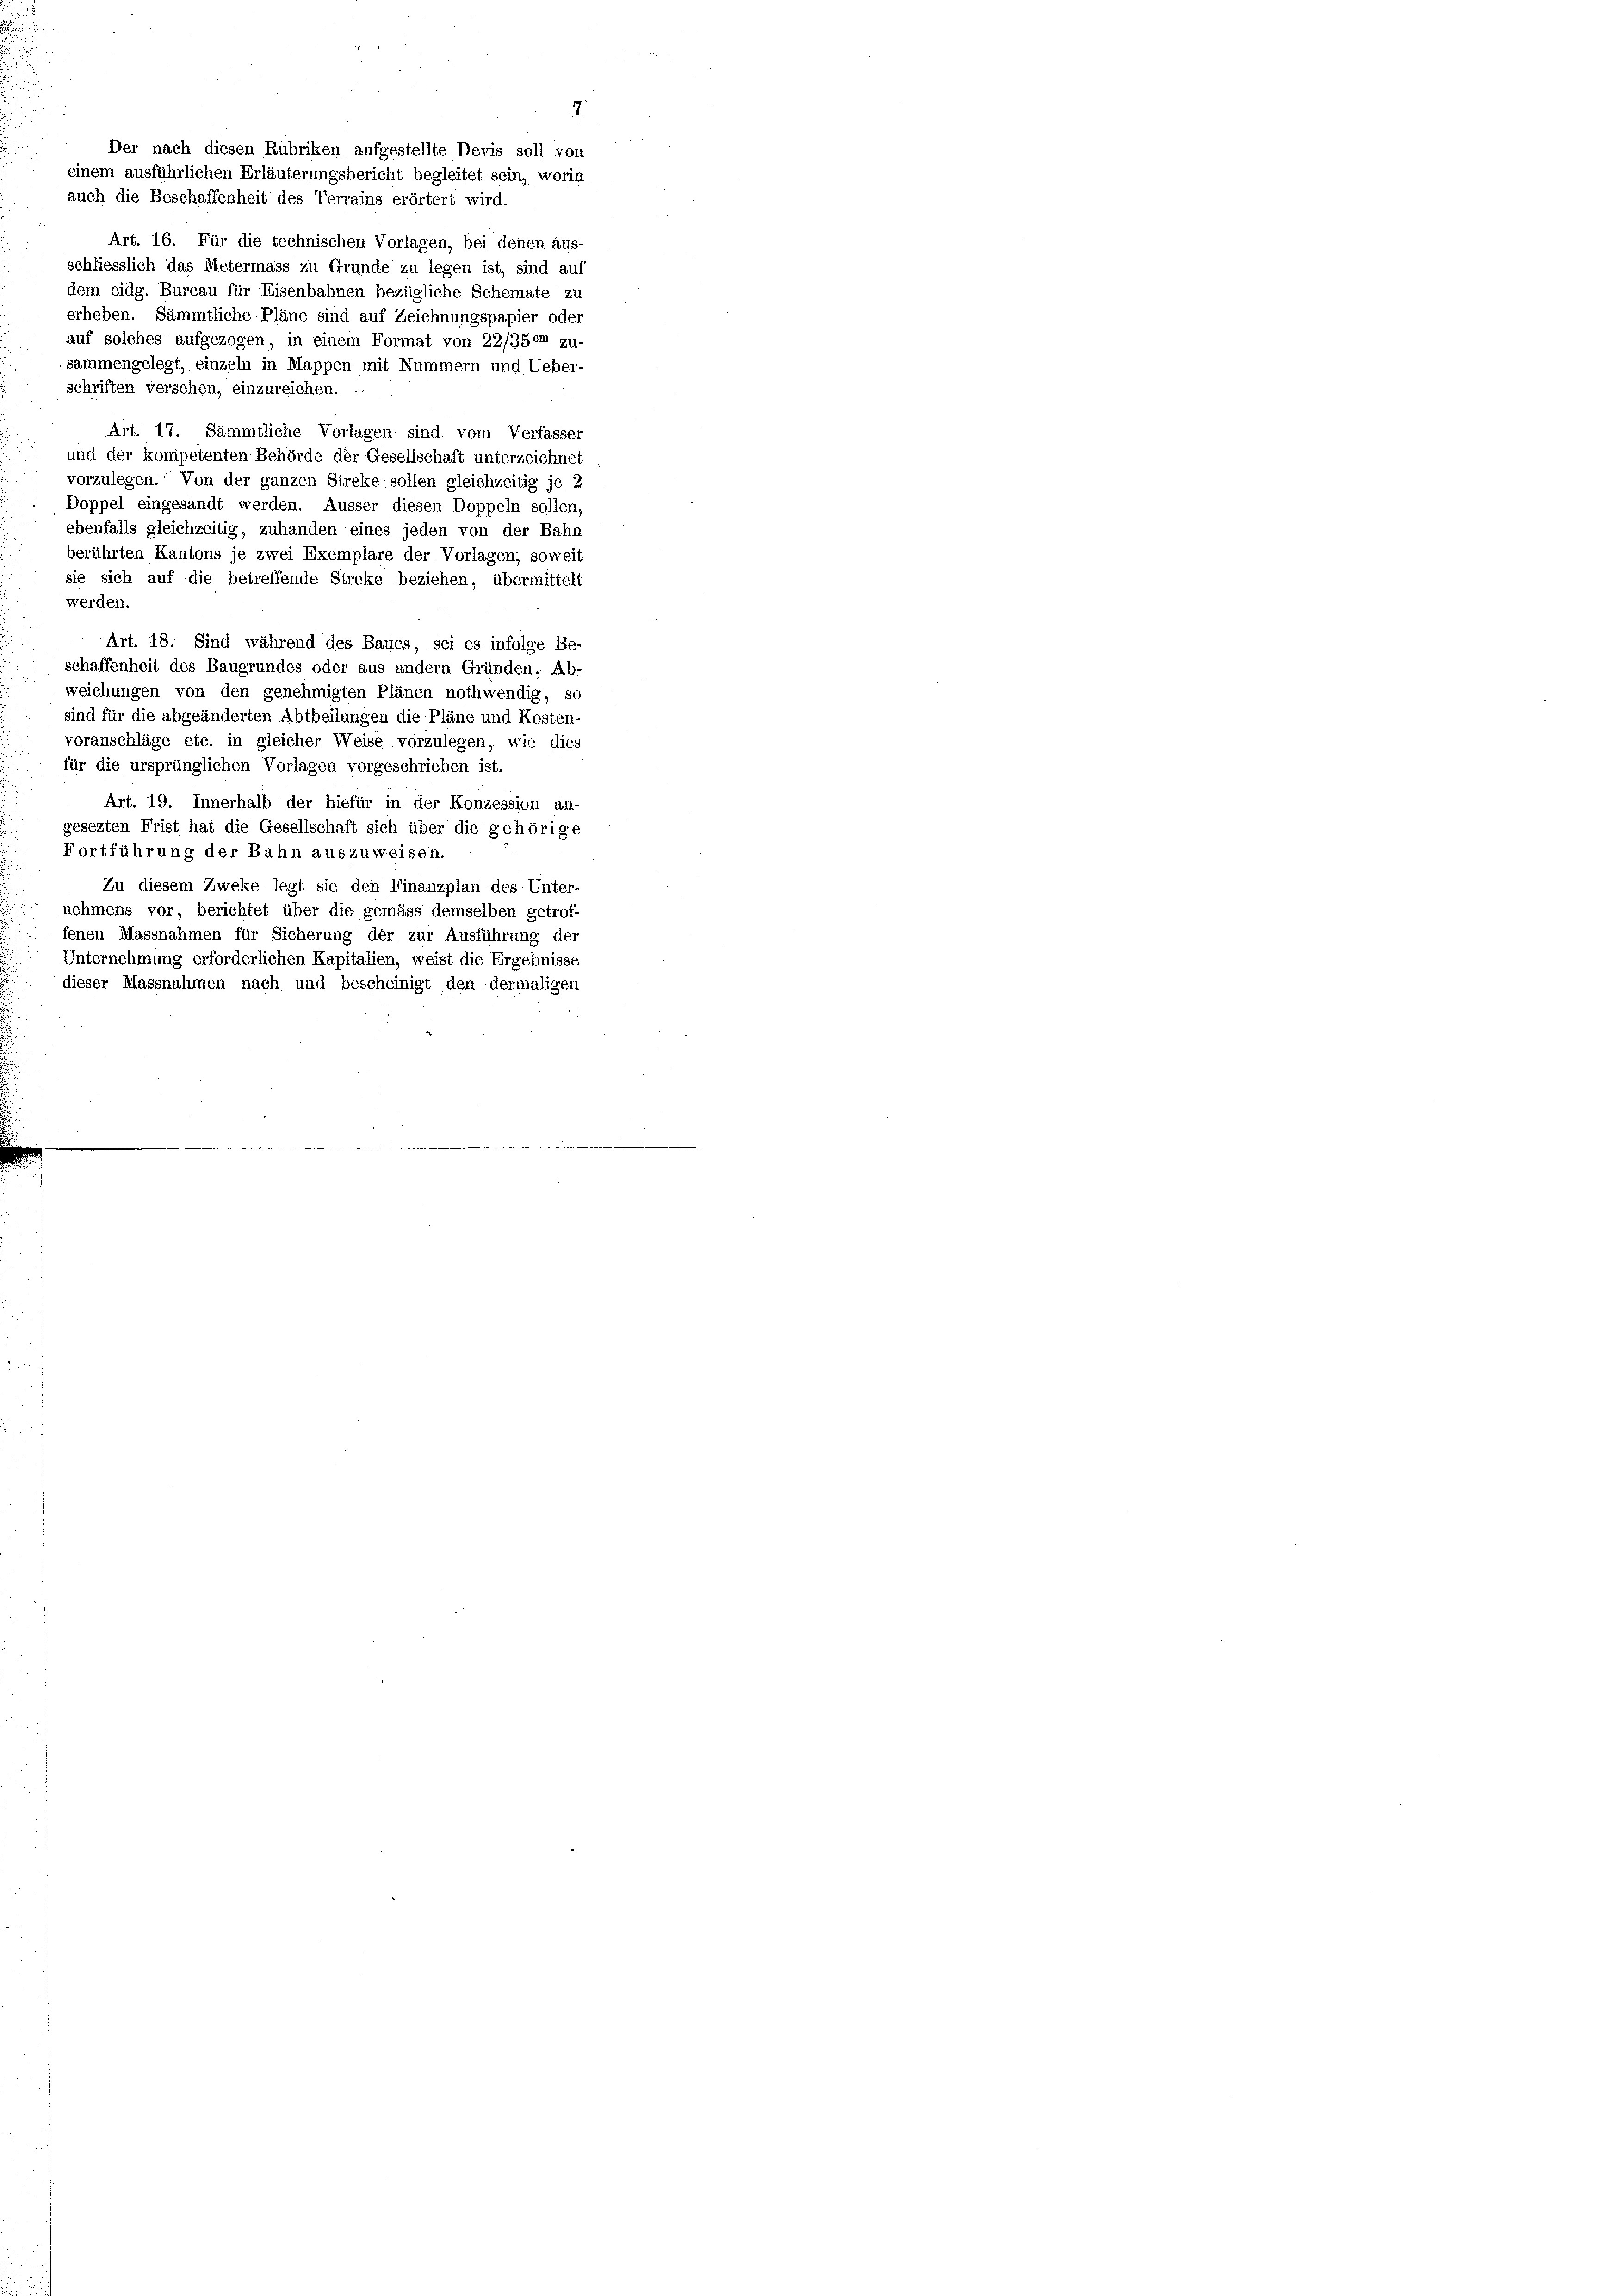
Art. 16. Für die technischen Vorlagen, bei denen aus-
schliesslich das Metermass zu Grunde zu legen ist, sind auf
dem eidg. Bureau für Eisenbahnen bezügliche Schemate zu
erheben. Sämmtliche Pläne sind auf Zeichnungspapier oder
auf solches aufgezogen, in einem Format von 22/35em zu-
sammengelegt, einzeln in Mappen mit Nummern und Ueber-
schriften versehen, einzureichen.
Art. 17. Sämmtliche Vorlagen sind vom Verfasser
und der kompetenten Behörde der Gesellschaft unterzeichnet
vorzulegen. Von der ganzen Streke sollen gleichzeitig je 2
Doppel eingesandt werden. Äusser diesen Doppeln sollen,
ebenfalls gleichzeitig, zuhanden eines jeden von der Bahn
berührten Kantons je zwei Exemplare der Vorlagen; soweit
sie sich auf die betreffende Streke beziehen, übermittelt
werden.
Art. 18. Sind während des Baues, sei es infolge Be-
schaffenheit des Baugrundes oder aus andern Gründen, Ab-
weichungen von den genehmigten Plänen nothwendig, so
sind für die abgeänderten Abtheilungen die Pläne und Kosten-
voranschläge etc. in gleicher Weise vorzulegen, wie dies
für die ursprünglichen Vorlagen vorgeschrieben ist.
Art. 19. Innerhalb der hiefür in der Konzession an-
gesezten Frist hat die Gesellschaft sich über die gehörige
Fortführung der Bahn auszuweisen.
Zu diesem Zweke legt sie den Finanzplan des Unter-
nehmens vor, berichtet über die gemäss demselben getrof-
fenen Massnahmen für Sicherung der zur Ausführung der
Unternehmung erforderlichen Kapitalien, weist die Ergebnisse
dieser Massnahmen nach und bescheinigt, den dermaligen

7
Der nach diesen Rubriken aufgestellte Devis soll von
einem ausführlichen Erläuterungsbericht begleitet sein, worin
auch die Beschaffenheit des Terrains erörtert wird.